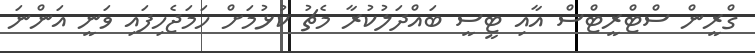
ގްރީން ސްޓްރީޓްސް އާއި ޓީސީ ބައްދަލުކުރާ މެޗު ކުޅުމަށް ހަމަޖެހިފައި ވަނީ އަންނަ